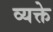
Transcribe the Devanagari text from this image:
व्यक्ते